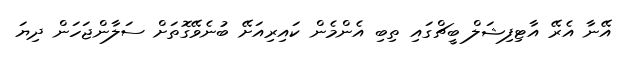
އޭނާ އެރޭ އާޓިފިޝަލް ބީޗްގައި ތިބި އެންމެން ކައިރިއަށޭ ބުނެވޭގޮތަށް ސަލާންޖަހަން ދިޔަ